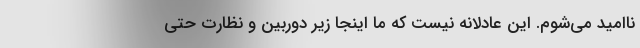
ناامید می‌شوم. این عادلانه نیست که ما اینجا زیر دوربین و نظارت حتی